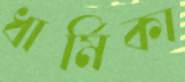
ধার্মিকা